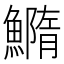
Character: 䲊